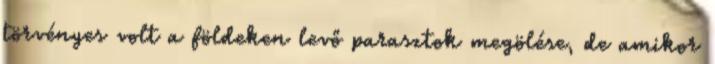
törvényes volt a földeken levő parasztok megölése, de amikor